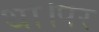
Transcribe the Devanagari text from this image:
था।पर